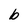
Character: b